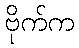
ဗိုက်က